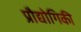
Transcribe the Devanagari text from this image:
प्रौद्योगिकी